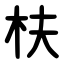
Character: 枎